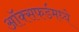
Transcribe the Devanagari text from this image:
ऑक्सफर्डमध्ये